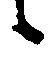
候